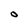
Character: 0